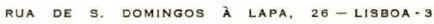
RUA DE S. DOMINGOS À LAPA, 26 - LISBOA - 3